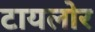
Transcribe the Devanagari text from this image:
टायलोर